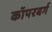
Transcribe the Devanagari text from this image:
कॉपरबर्ग